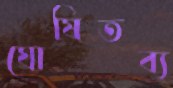
ঘোষিতব্য